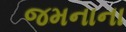
જમનાના